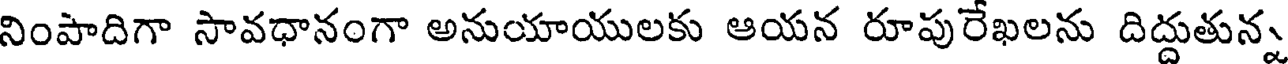
నింపాదిగా సావధానంగా అనుయాయులకు ఆయన రూపురేఖలను దిద్దుతున్న